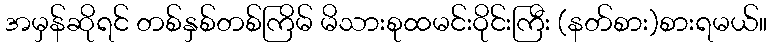
အမှန်ဆိုရင် တစ်နှစ်တစ်ကြိမ် မိသားစုထမင်းဝိုင်းကြီး (နတ်စား)စားရမယ်။